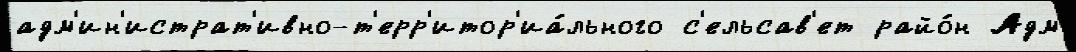
адм'ин'истрат'ивно-т'ерр'итор'иа́льного с'ельсав'ет райо́н Адм